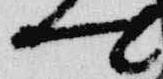
卿